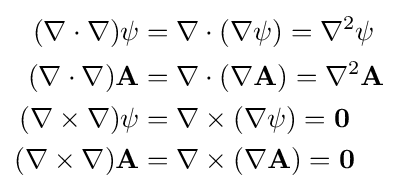
{\begin{aligned}(\nabla \cdot \nabla )\psi &=\nabla \cdot (\nabla \psi )=\nabla ^{2}\psi \\(\nabla \cdot \nabla )\mathbf {A} &=\nabla \cdot (\nabla \mathbf {A} )=\nabla ^{2}\mathbf {A} \\(\nabla \times \nabla )\psi &=\nabla \times (\nabla \psi )=\mathbf {0} \\(\nabla \times \nabla )\mathbf {A} &=\nabla \times (\nabla \mathbf {A} )=\mathbf {0} \end{aligned}}